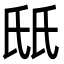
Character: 𬇊